Annual report on the working of the lock hospitals in the North-Western Provinces and Oudh
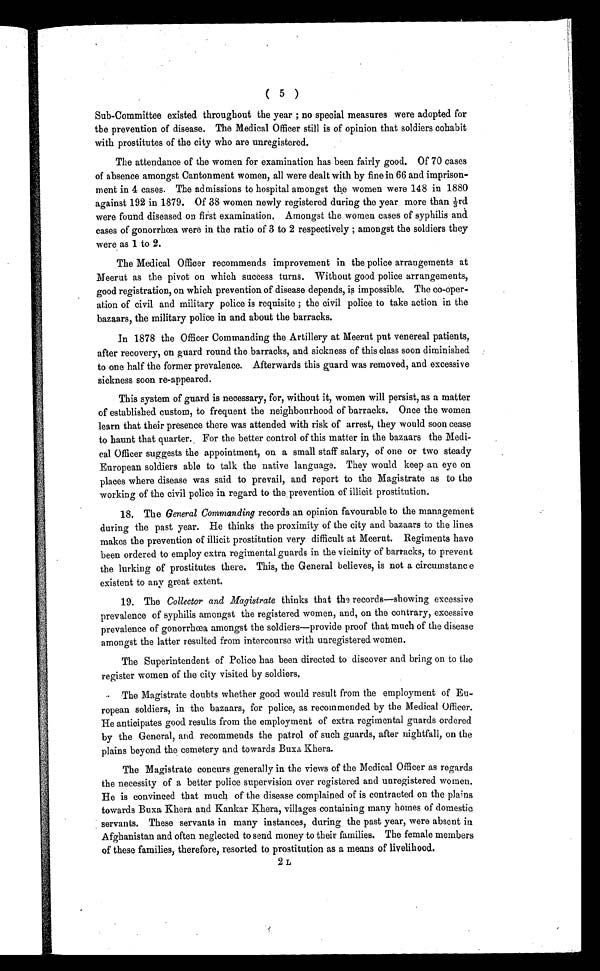
( 5 )
Sub-Committee existed throughout the year ; no special measures were adopted for
the prevention of disease. The Medical Officer still is of opinion that soldiers cohabit
with prostitutes of the city who are unregistered.
The attendance of the women for examination has been fairly good. Of 70 cases
of absence amongst Cantonment women, all were dealt with by fine in 66 and imprison-
ment in 4 cases. The admissions to hospital amongst the women were 148 in 1880
against 192 in 1879. Of 38 women newly registered during the year more than 1/3rd
were found diseased on first examination. Amongst the women cases of syphilis and
cases of gonorrhœa were in the ratio of 3 to 2 respectively ; amongst the soldiers they
were as 1 to 2.
The Medical Officer recommends improvement in the police arrangements at
Meerut as the pivot on which success turns. Without good police arrangements,
good registration, on which prevention of disease depends, is impossible. The co-oper-
ation of civil and military police is requisite ; the civil police to take action in the
bazaars, the military police in and about the barracks.
In 1878 the Officer Commanding the Artillery at Meerut put venereal patients,
after recovery, on guard round the barracks, and sickness of this class soon diminished
to one half the former prevalence. Afterwards this guard was removed, and excessive
sickness soon re-appeared.
This system of guard is necessary, for, without it, women will persist, as a matter
of established custom, to frequent the neighbourhood of barracks. Once the women
learn that their presence there was attended with risk of arrest, they would soon cease
to haunt that quarter. For the better control of this matter in the bazaars the Medi-
cal Officer suggests the appointment, on a small staff salary, of one or two steady
European soldiers able to talk the native language. They would keep an eye on
places where disease was said to prevail, and report to the Magistrate as to the
working of the civil police in regard to the prevention of illicit prostitution.
18. The General Commanding records an opinion favourable to the management
during the past year. He thinks the proximity of the city and bazaars to the lines
makes the prevention of illicit prostitution very difficult at Meerut. Regiments have
been ordered to employ extra regimental guards in the vicinity of barracks, to prevent
the lurking of prostitutes there. This, the General believes, is not a circumstance
existent to any great extent.
19. The Collector and Magistrate thinks that the records—showing excessive
prevalence of syphilis amongst the registered women, and, on the contrary, excessive
prevalence of gonorrhœa amongst the soldiers—provide proof that much of the disease
amongst the latter resulted from intercourse with unregistered women.
The Superintendent of Police has been directed to discover and bring on to the
register women of the city visited by soldiers
.
The Magistrate doubts whether good would result from the employment of Eu-
ropean soldiers, in the bazaars, for police, as recommended by the Medical Officer.
He anticipates good results from the employment of extra regimental guards ordered
by the General, and recommends the patrol of such guards, after nightfall, on the
plains beyond the cemetery and towards Buxa Khera.
The Magistrate concurs generally in the views of the Medical Officer as regards
the necessity of a better police supervision over registered and unregistered women.
He is convinced that much of the disease complained of is contracted on the plains
towards Buxa Khera and Kankar Khera, villages containing many homes of domestic
servants. These servants in many instances, during the past year, were absent in
Afghanistan and often neglected to send money to their families. The female members
of these families, therefore, resorted to prostitution as a means of livelihood.
2L